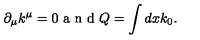
\partial _ { \mu } k ^ { \mu } = 0 \textrm { a n d } Q = \int d x k _ { 0 } .